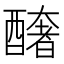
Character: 𨣍